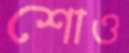
শোও